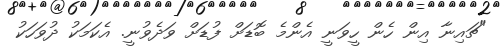
"ޗައިނާ އިން ހެން ހީވަނީ އެންމެ ބޮޑަށް ފުޑަށް ވަދެވުނީ. އެކަމަކު ދުވަހަކު